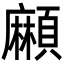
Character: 𩔶